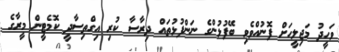
ވަހީދު މަޖިލީހަށް ފޮނުއްވެވި ބޭފުޅުންގެ ނަންފުޅުތައް ދިރާސާ ކުރި އިގްތިސާދީ ކޮމެޓީން މީރާގެ